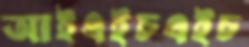
আইএইচএইচ